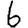
Digit: 6